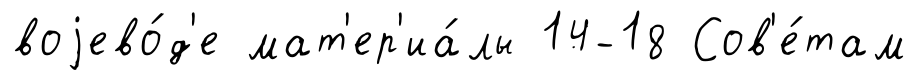
воjево́д'е мат'ер'иа́лы 14-18 Сов'е́там